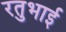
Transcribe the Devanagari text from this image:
रतुभाई